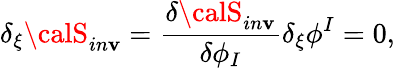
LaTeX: \delta_{\xi}{\calS}_{in\mathbf{v}}={\frac{{\delta{\calS}_{in\mathbf{v}}}}{{\delta\phi_{I}}}}\delta_{\xi}\phi^{I}=0,